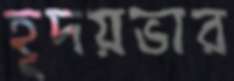
হূদয়ভার